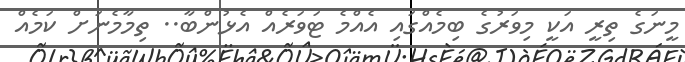
މީނަގެ ތިރީ އަކީ މިވަރުގެ ބިމެއްގައި އެއްމެ ޓަވަރެއް އެޅުންބާ.. ތިމާމެނަށް ކަމެއް